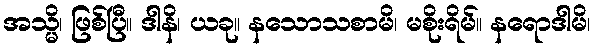
အသ္မိ၊ ဖြစ်ပြီ။ ဒါနိ၊ ယခု။ နသောသစာမိ၊ မစိုးရိမ်။ နရောဒါမိ၊